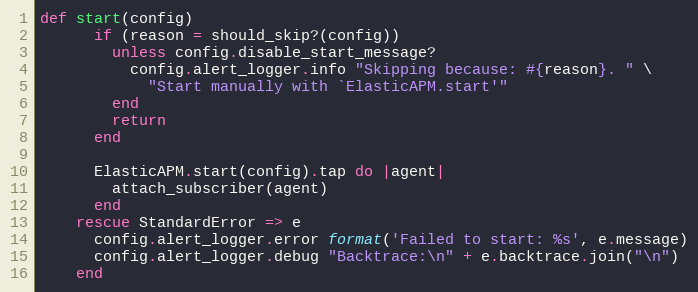
Language: Ruby
def start(config)
      if (reason = should_skip?(config))
        unless config.disable_start_message?
          config.alert_logger.info "Skipping because: #{reason}. " \
            "Start manually with `ElasticAPM.start'"
        end
        return
      end

      ElasticAPM.start(config).tap do |agent|
        attach_subscriber(agent)
      end
    rescue StandardError => e
      config.alert_logger.error format('Failed to start: %s', e.message)
      config.alert_logger.debug "Backtrace:\n" + e.backtrace.join("\n")
    end